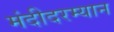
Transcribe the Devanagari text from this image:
मंदीदरम्यान